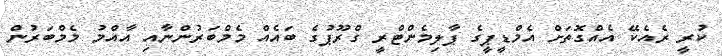
ކުރީ ރެއެކޭ އެއްގޮތަށް އެމްޑީޕީގެ ޕާލިމެންޓްރީ ގްރޫޕުގެ ބައެއް މެމްބަރުންނާއި އާއްމު މެމްބަރުން